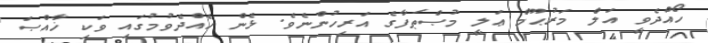
ހޯއްދެވީ އަލް މަރުޙޫމް ޢަލީ މުޞްޠަފާގެ އަރިހުންނެވެ. ޅެން ހެއްދެވުމުގައި ވަކި ޚާއްޞަ